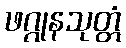
ဖဂ္ဂုနသုတ္တံ